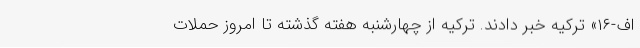
اف-۱۶» ترکیه خبر دادند. ترکیه از چهارشنبه هفته گذشته تا امروز حملات